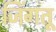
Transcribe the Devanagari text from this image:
जिंगतू